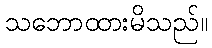
သဘောထားမိသည်။